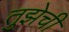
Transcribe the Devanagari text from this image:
तुझेची